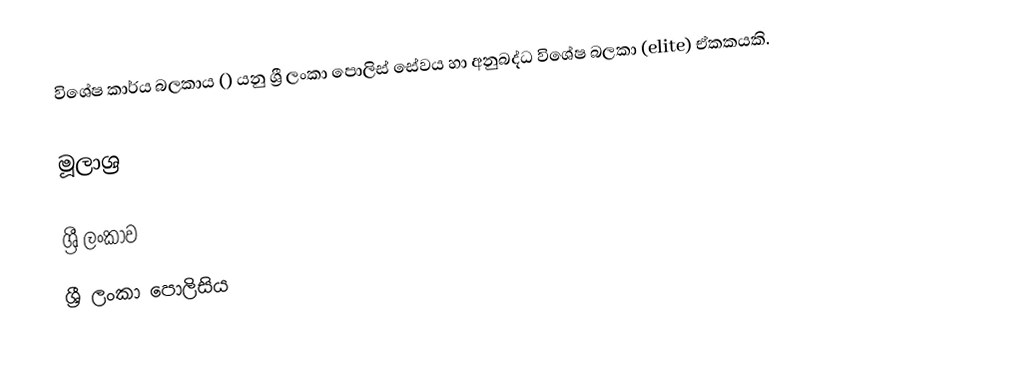
විශේෂ කාර්ය බලකාය () යනු ශ්‍රී ලංකා පොලිස් සේවය හා අනුබද්ධ විශේෂ බලකා (elite) ඒකකයකි.

මූලාශ්‍ර

ශ්‍රී ලංකාව
ශ්‍රී ලංකා පොලිසිය